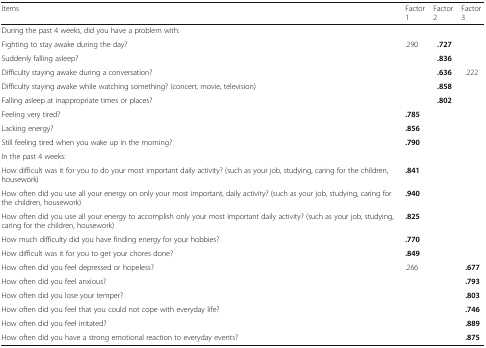
<table><thead><tr><td><b>Items</b></td><td><b>Factor 1</b></td><td><b>Factor 2</b></td><td><b>Factor 3</b></td></tr></thead><tbody><tr><td colspan="4">During the past 4 weeks, did you have a problem with:</td></tr><tr><td>Fighting to stay awake during the day?</td><td>.290</td><td><b>.727</b></td><td></td></tr><tr><td>Suddenly falling asleep?</td><td></td><td><b>.836</b></td><td></td></tr><tr><td>Difficulty staying awake during a conversation?</td><td></td><td><b>.636</b></td><td>.222</td></tr><tr><td>Difficulty staying awake while watching something? (concert, movie, television)</td><td></td><td><b>.858</b></td><td></td></tr><tr><td>Falling asleep at inappropriate times or places?</td><td></td><td><b>.802</b></td><td></td></tr><tr><td>Feeling very tired?</td><td><b>.785</b></td><td></td><td></td></tr><tr><td>Lacking energy?</td><td><b>.856</b></td><td></td><td></td></tr><tr><td>Still feeling tired when you wake up in the morning?</td><td><b>.790</b></td><td></td><td></td></tr><tr><td colspan="4">In the past 4 weeks:</td></tr><tr><td>How difficult was it for you to do your most important daily activity? (such as your job, studying, caring for the children, housework)</td><td><b>.841</b></td><td></td><td></td></tr><tr><td>How often did you use all your energy on only your most important, daily activity? (such as your job, studying, caring for the children, housework)</td><td><b>.940</b></td><td></td><td></td></tr><tr><td>How often did you use all your energy to accomplish only your most important daily activity? (such as your job, studying, caring for the children, housework)</td><td><b>.825</b></td><td></td><td></td></tr><tr><td>How much difficulty did you have finding energy for your hobbies?</td><td><b>.770</b></td><td></td><td></td></tr><tr><td>How difficult was it for you to get your chores done?</td><td><b>.849</b></td><td></td><td></td></tr><tr><td>How often did you feel depressed or hopeless?</td><td>.266</td><td></td><td><b>.677</b></td></tr><tr><td>How often did you feel anxious?</td><td></td><td></td><td><b>.793</b></td></tr><tr><td>How often did you lose your temper?</td><td></td><td></td><td><b>.803</b></td></tr><tr><td>How often did you feel that you could not cope with everyday life?</td><td></td><td></td><td><b>.746</b></td></tr><tr><td>How often did you feel irritated?</td><td></td><td></td><td><b>.889</b></td></tr><tr><td>How often did you have a strong emotional reaction to everyday events?</td><td></td><td></td><td><b>.875</b></td></tr></tbody></table>